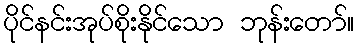
ပိုင်နင်းအုပ်စိုးနိုင်သော ဘုန်းတော်။